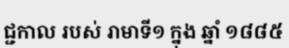
ជ្ជកាល របស់ រាមាទី១ ក្នុង ឆ្នាំ ១៨៨៥